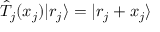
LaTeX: { \hat { T } } _ { j } ( x _ { j } ) | r _ { j } \rangle = | r _ { j } + x _ { j } \rangle